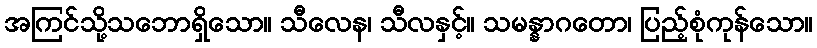
အကြင်သို့သဘောရှိသော။ သီလေန၊ သီလနှင့်။ သမန္နာဂတော၊ ပြည့်စုံကုန်သော။